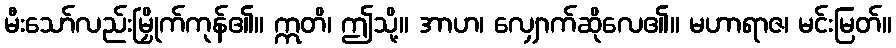
မီးသော်လည်းမြှိုက်ကုန်၏။ ဣတိ၊ ဤသို့။ အာဟ၊ လျှောက်ဆိုလေ၏။ မဟာရာဇ၊ မင်းမြတ်။